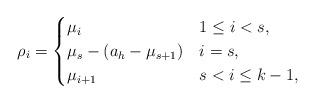
LaTeX: \begin{align*}\rho_i&=\begin{cases} \mu_i& 1\leq i<s,\\\mu_s-(a_h-\mu_{s+1})&i=s,\\\mu_{i+1}&s<i\leq k-1,\end{cases}\end{align*}